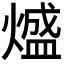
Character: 𭵵